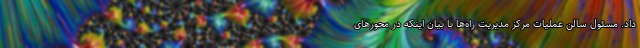
داد. مسئول سالن عملیات مرکز مدیریت راه‌ها با بیان اینکه در محورهای